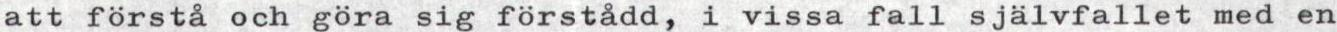
att förstå och göra sig förstådd, i vissa fall självfallet med en